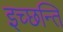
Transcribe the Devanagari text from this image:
इच्छन्ति